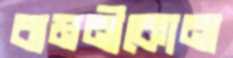
বামনীকোনা